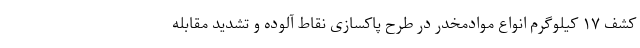
کشف ۱۷ کیلوگرم انواع موادمخدر در طرح پاکسازی نقاط آلوده و تشدید مقابله